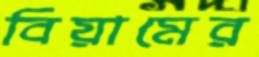
বিয়ামের